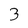
Character: 3